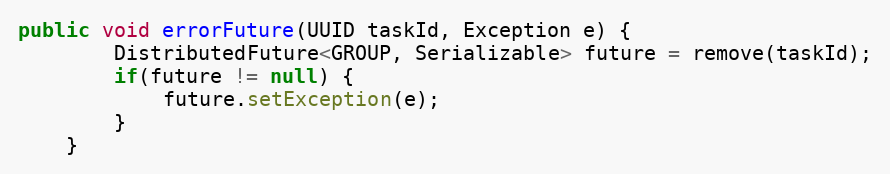
Language: Java
public void errorFuture(UUID taskId, Exception e) {
        DistributedFuture<GROUP, Serializable> future = remove(taskId);
        if(future != null) {
            future.setException(e);
        }
    }